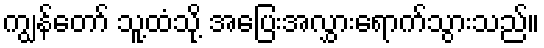
ကျွန်တော် သူ့ထံသို့ အပြေးအလွှားရောက်သွားသည်။